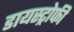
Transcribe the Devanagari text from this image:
डायस्ट्रोफी